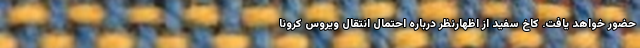
حضور خواهد یافت. کاخ سفید از اظهارنظر درباره احتمال انتقال ویروس کرونا